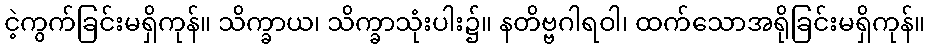
ငဲ့ကွက်ခြင်းမရှိကုန်။ သိက္ခာယ၊ သိက္ခာသုံးပါး၌။ နတိဗ္ဗဂါရဝါ၊ ထက်သောအရိုခြင်းမရှိကုန်။